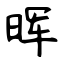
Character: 晖